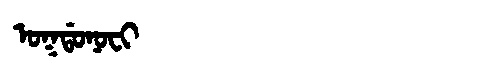
Manchu: ᠣᡴᡩᠣᠨᠣᠸᡳ
Romanization: OKDONOFI